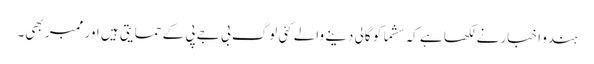
ہندو اخبار نے لکھا ہے کہ سشما کو گالی دینے والے کئی لوگ بی جے پی کے حمایتی ہیں اور ممبر بھی۔